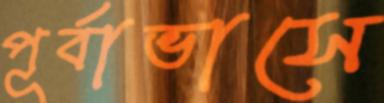
পূর্বাভাসে